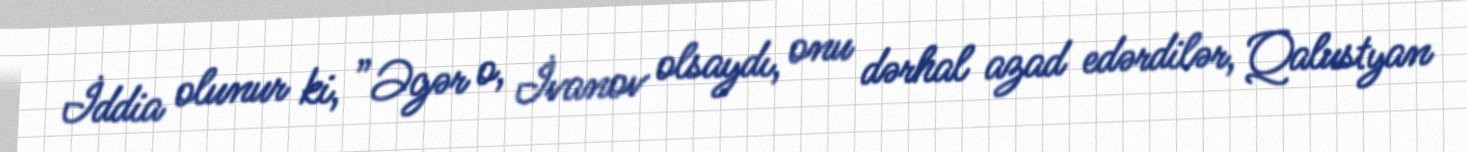
İddia olunur ki, ”Əgər o, İvanov olsaydı, onu dərhal azad edərdilər, Qalustyan